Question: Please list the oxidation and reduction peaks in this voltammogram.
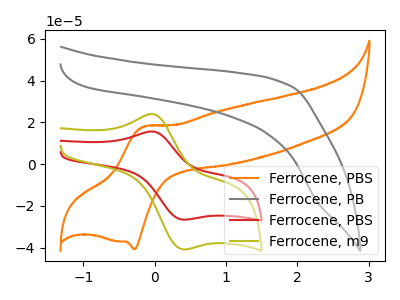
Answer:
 <answer>The orange curve "Ferrocene, PBS" has an anodic peak at (-0.15V, 17.90uA) and a cathodic peak at (-0.30V, -40.75uA). The gray curve "Ferrocene, PB" has no peaks. The red curve "Ferrocene, PBS" has an anodic peak at (-0.05V, 15.65uA) and a cathodic peak at (0.40V, -26.60uA). The olive curve "Ferrocene, m9" has an anodic peak at (-0.05V, 24.00uA) and a cathodic peak at (0.40V, -40.80uA).</answer>
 <eval></eval>